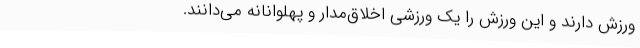
ورزش دارند و این ورزش را یک ورزشی اخلاق‌مدار و پهلوانانه می‌دانند.